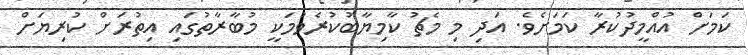
ކަމަށް އުއްމީދުކުރާ ކަމަށެވެ. އަދި މި މެޗު ކާމިޔާބުކުރެވުމަކީ މުބާރާތުގައި އިތުރަށް ކުރިޔަށް